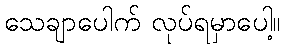
သေချာပေါက် လုပ်ရမှာပေါ့။